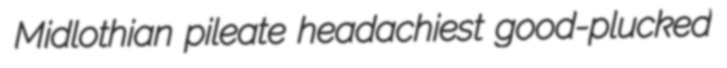
Midlothian pileate headachiest good-plucked